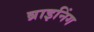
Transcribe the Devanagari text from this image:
ब्राइनिंग